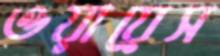
ওয়ায়েস